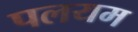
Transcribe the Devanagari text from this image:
पलयम